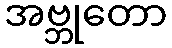
အဗ္ဘုတော